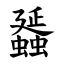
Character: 䗺